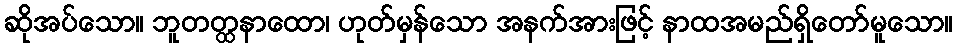
ဆိုအပ်သော။ ဘူတတ္ထနာထော၊ ဟုတ်မှန်သော အနက်အားဖြင့် နာထအမည်ရှိတော်မူသော။